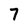
Character: 7